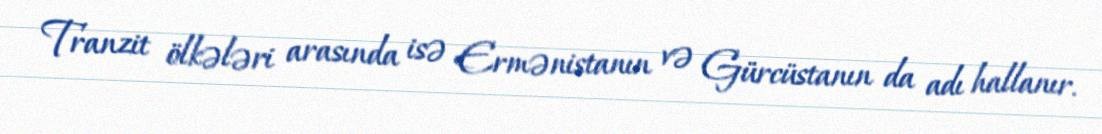
Tranzit ölkələri arasında isə Ermənistanın və Gürcüstanın da adı hallanır.